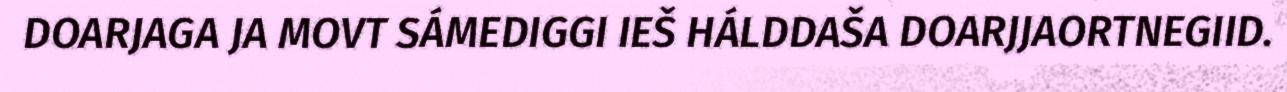
DOARJAGA JA MOVT SÁMEDIGGI IEŠ HÁLDDAŠA DOARJJAORTNEGIID.